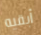
أبقيه